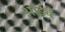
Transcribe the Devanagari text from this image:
अाईचे